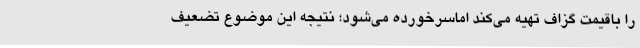
را باقیمت گزاف تهیه می‌کند اماسرخورده می‌شود؛ نتیجه این موضوع تضعیف